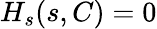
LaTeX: H_{s}(s,C)=0